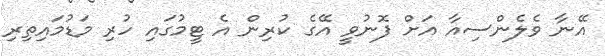
އޭނާ ވެލެންސިއާ އަށް ފޮނުވީ އޭގެ ކުރިން އެ ޓީމުގައި ހުރި މަޑުމައިތިރި